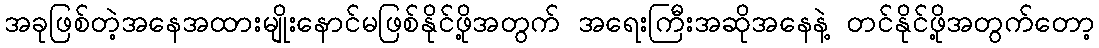
အခုဖြစ်တဲ့အနေအထားမျိုးနောင်မဖြစ်နိုင်ဖို့အတွက် အရေးကြီးအဆိုအနေနဲ့ တင်နိုင်ဖို့အတွက်တော့